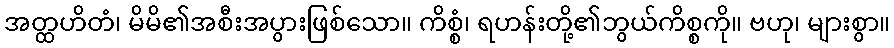
အတ္ထဟိတံ၊ မိမိ၏အစီးအပွားဖြစ်သော။ ကိစ္စံ၊ ရဟန်းတို့၏ဘွယ်ကိစ္စကို။ ဗဟု၊ များစွာ။